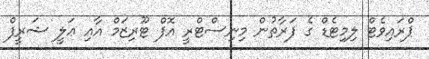
ޕްރައިވެޓް ލިމިޓެޑް ގެ ފަރާތުން މިނިސްޓްރީ އޮފް ޓޫރިޒަމް އާއި ޢަލީ ޝަރީފް